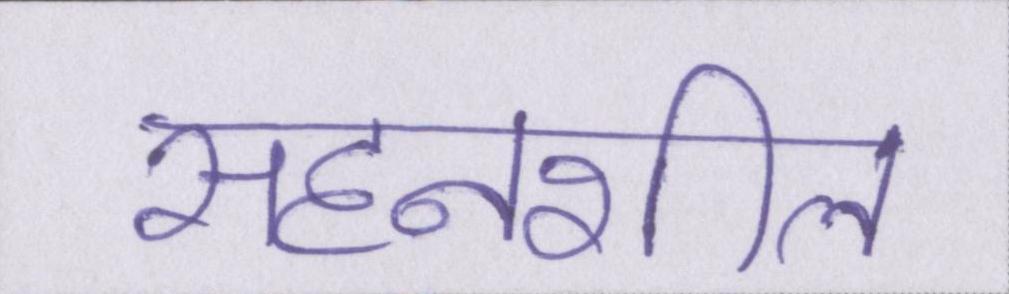
सहनशील